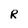
Character: R